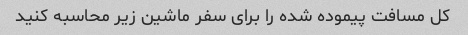
کل مسافت پیموده شده را برای سفر ماشین زیر محاسبه کنید